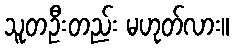
သူတဦးတည်း မဟုတ်လား။